画像に写った文字を読んでください
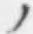
「ノ」と書いてあります